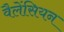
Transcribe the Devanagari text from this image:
वैलेंसियन